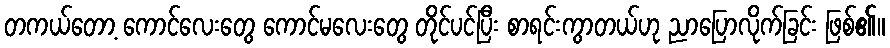
တကယ်တော့ ကောင်လေးတွေ ကောင်မလေးတွေ တိုင်ပင်ပြီး စာရင်းကွာတယ်ဟု ညာပြောလိုက်ခြင်း ဖြစ်၏။